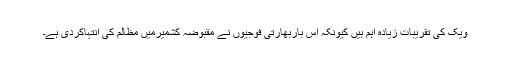
ویک کی تقریبات زیادہ اہم ہیں کیونکہ اس باربھارتی فوجیوں نے مقبوضہ کشمیرمیں مظالم کی انتہاکردی ہے۔